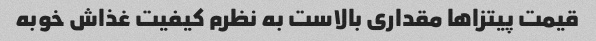
قیمت پیتزاها مقداری بالاست به نظرم کیفیت غذاش خوبه